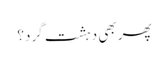
پھر بھی دہشت گرد؟